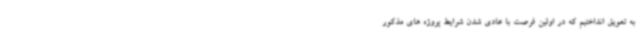
به تعویق انداختیم که در اولین فرصت با عادی شدن شرایط پروژه های مذکور